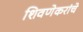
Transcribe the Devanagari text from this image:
शिवणेकरांचे